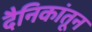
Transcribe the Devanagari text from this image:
दैनिकांतून